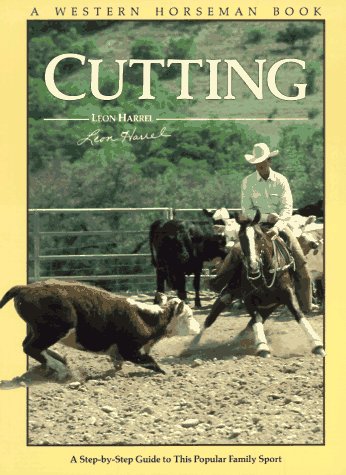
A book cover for Cutting (Western Horseman Books); Leon Harrel; Sports & Outdoors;